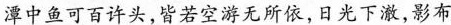
潭中鱼可百许头，皆若空游无所依，日光下澈，影布